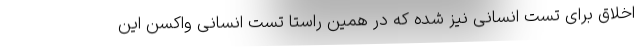
اخلاق برای تست انسانی نیز شده که در همین راستا تست انسانی واکسن این